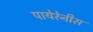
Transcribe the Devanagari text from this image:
पायेरेनीस